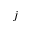
j